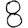
Digit: 8